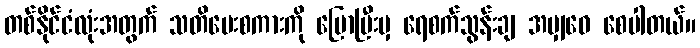
တစ်နိုင်ငံလုံးအတွက် သတိပေးစကားကို ပြောပြီးမှ ရေစက်သွန်းချ အမျှဝေ စေပါတယ်။